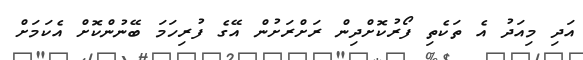
އަދި މިއަދު އެ ތަކެތި ފޯރުކޮށްދިން ރަށްރަށުން އޭގެ ފުރިހަމަ ބޭނުންކޮށް އެކަމަށް